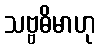
သဗ္ဗဓိမာဟု